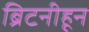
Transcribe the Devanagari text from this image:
ब्रिटनीहून